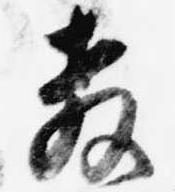
教